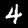
Label: 4